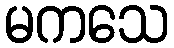
မကသေ